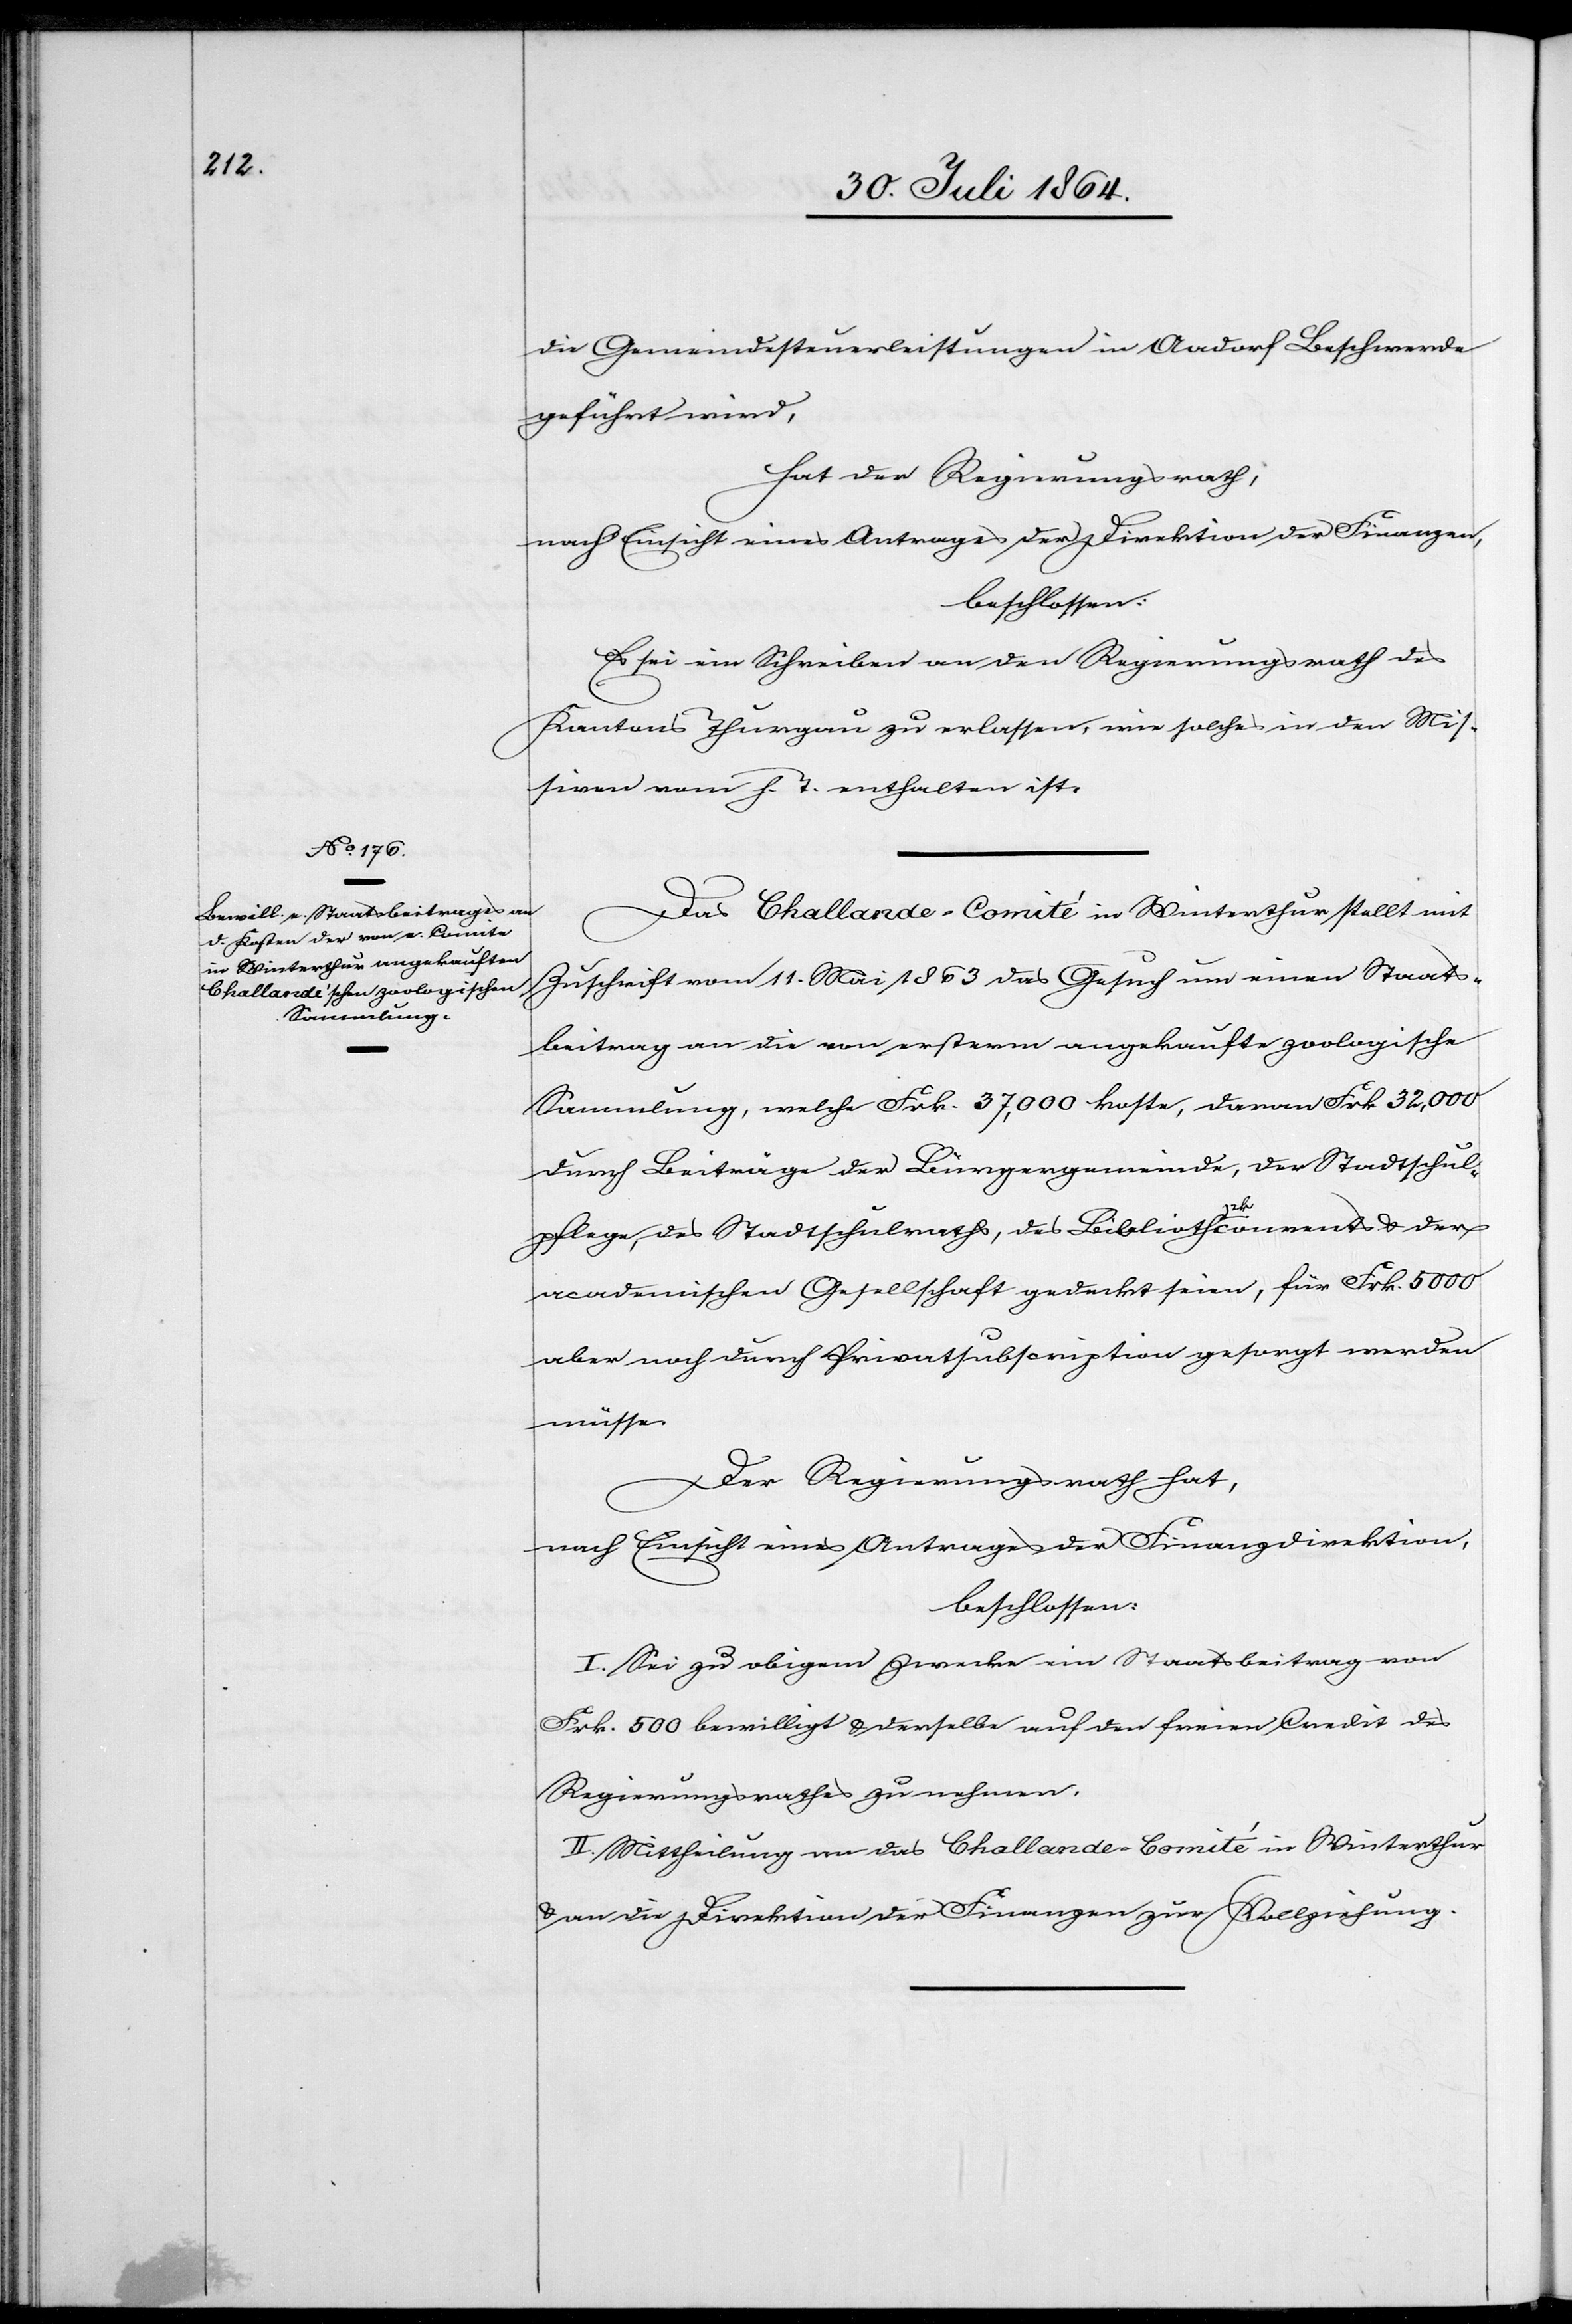
die Gemeindesteuerleistungen in Aadorf Beschwerde
geführt wird,
hat der Regierungsrath,
nach Einsicht eines Antrages der Direktion der Finanzen,
beschlossen:
Es sei ein Schreiben an den Regierungsrath des
Kantons Thurgau zu erlassen, wie solches in den Mis¬
siven vom h. T. enthalten ist.
Das Challande-Comité in Winterthur stellt mit
Zuschrift vom 11. Mai 1863 das Gesuch um einen Staats¬
beitrag an die von ersterm angekaufte zoologische
Sammlung, welche Frk. 37,000 koste, davon Frk. 32,000
durch Beiträge der Bürgergemeinde, der Stadtschul¬
pflege, des Stadtschulraths, des Bibliotha-ek-acomments & der
academischen Gesellschaft gedeckt seien, für Frk. 5000
aber noch durch Privatsubscription gesorgt werden
müsse.
Der Regierungsrath hat,
nach Einsicht eines Antrages der Finanzdirektion,
beschlossen:
I. Sei zu obigem Zwecke ein Staatsbeitrag von
Frk. 500 bewilligt & derselbe auf den freien Credit des
Regierungsrathes zu nehmen.
II. Mittheilung an das Challande-Comité in Winterthur
& an die Direktion der Finanzen zur Vollziehung.